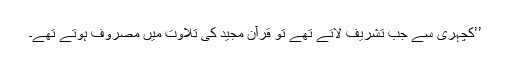
’’کچہری سے جب تشریف لاتے تھے تو قرآن مجید کی تلاوت میں مصروف ہوتے تھے۔